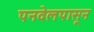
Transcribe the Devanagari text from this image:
पनवेलपासून